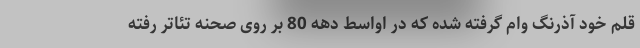
قلم خود آذرنگ وام گرفته شده که در اواسط دهه 80 بر روی صحنه تئاتر رفته